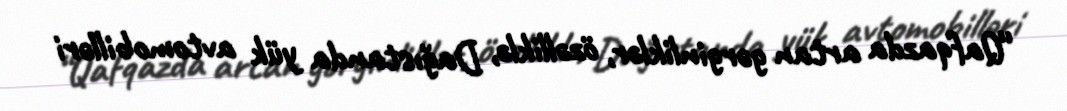
“Qafqazda artan gərginliklər, özəlliklə, Dağıstanda yük avtomobilləri